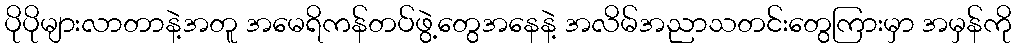
ပိုပိုများလာတာနဲ့အတူ အမေရိကန်တပ်ဖွဲ့တွေအနေနဲ့ အလိမ်အညာသတင်းတွေကြားမှာ အမှန်ကို